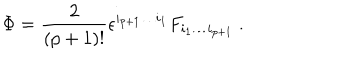
\Phi = { \frac { 2 } { ( p + 1 ) ! } } \epsilon ^ { i _ { p + 1 } \dots i _ { 1 } } F _ { i _ { 1 } \dots i _ { p + 1 } } \ .